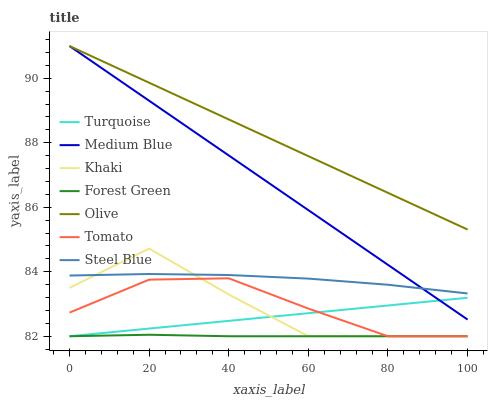
| xaxis_label | Turquoise | Medium Blue | Khaki | Forest Green | Olive | Tomato | Steel Blue |
 | --- | --- | --- | --- | --- | --- | --- | --- |
 | 0 | 82 | 91 | 83.5 | 82 | 91 | 82.7 | 83.9 |
 | 20 | 82.2 | 89.3 | 84.7 | 82 | 89.9 | 83.8 | 83.9 |
 | 40 | 82.5 | 87.6 | 83.3 | 82 | 88.7 | 83.8 | 83.9 |
 | 60 | 82.7 | 85.9 | 82 | 82 | 87.6 | 82.9 | 83.8 |
 | 80 | 83 | 84.2 | 82 | 82 | 86.4 | 82 | 83.6 |
 | 100 | 83.2 | 82.5 | 82 | 82 | 85.3 | 82 | 83.3 |